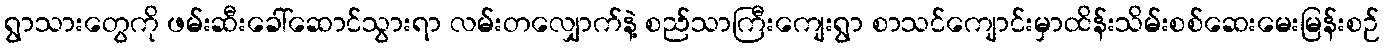
ရွာသားတွေကို ဖမ်းဆီးခေါ်ဆောင်သွားရာ လမ်းတလျှောက်နဲ့ စည်သာကြီးကျေးရွာ စာသင်ကျောင်းမှာထိန်းသိမ်းစစ်ဆေးမေးမြန်းစဉ်